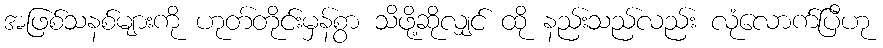
အဖြစ်သနစ်များကို ဟုတ်တိုင်းမှန်စွာ သိဖို့ဆိုလျှင် ထို နည်းသည်လည်း လုံလောက်ပြီဟု